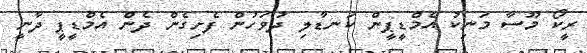
ރީކޯ މޫސާ މަނިކު އެމްޑީޕީން ކަނޑާލި ދުވަހުން ފެށިގެން ދެން އެމްޑީޕީ ދާނީ